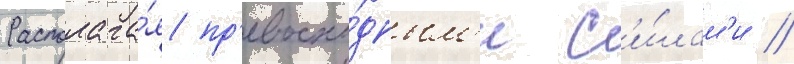
Располага́я пр'евосхо́дным'и с'и́лам'и /